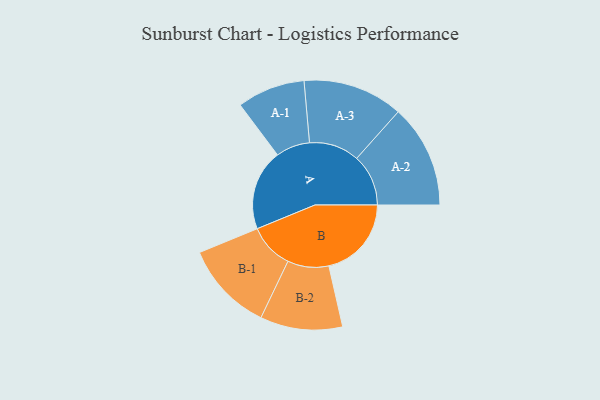
{"axis": {"x": "Segment", "y": "Value"}, "legend": ["", "A", "B"], "data": [{"x": "A", "y": 316, "type": ""}, {"x": "B", "y": 323, "type": ""}, {"x": "A-1", "y": 133, "type": "A"}, {"x": "A-2", "y": 202, "type": "A"}, {"x": "A-3", "y": 196, "type": "A"}, {"x": "B-1", "y": 176, "type": "B"}, {"x": "B-2", "y": 161, "type": "B"}]}